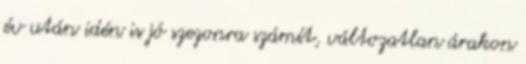
év után idén is jó szezonra számít, változatlan árakon